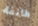
طائفة